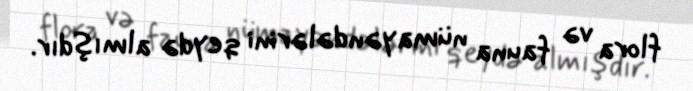
flora və fauna nümayəndələrini qeydə almışdır.